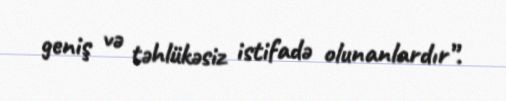
geniş və təhlükəsiz istifadə olunanlardır”.